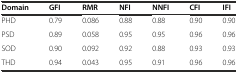
| Domain | GFI | RMR | NFI | NNFI | CFI | IFI |
 | --- | --- | --- | --- | --- | --- | --- |
 | PHD | 0.79 | 0.086 | 0.88 | 0.88 | 0.90 | 0.90 |
 | PSD | 0.89 | 0.058 | 0.95 | 0.95 | 0.96 | 0.96 |
 | SOD | 0.90 | 0.092 | 0.92 | 0.88 | 0.93 | 0.93 |
 | THD | 0.94 | 0.043 | 0.95 | 0.91 | 0.96 | 0.96 |